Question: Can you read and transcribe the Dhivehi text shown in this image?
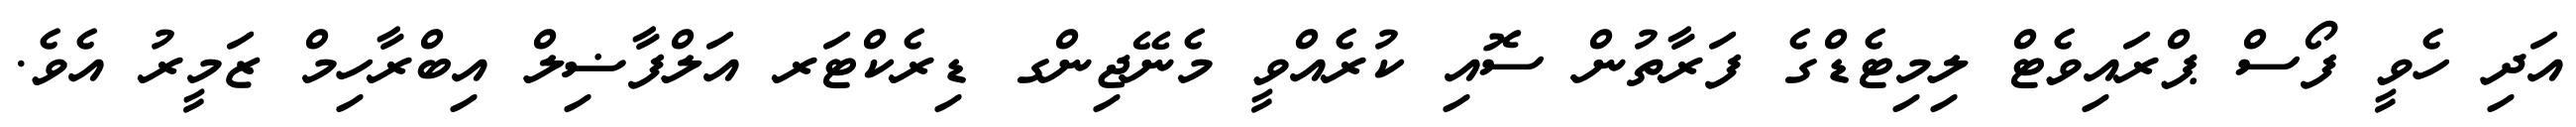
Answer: އަދި ހެވީ ފޯސް ޕްރައިވެޓް ލިމިޓެޑްގެ ފަރާތުން ސޮއި ކުރެއްވީ މެނޭޖިންގ ޑިރެކްޓަރ އަލްފާޟިލް އިބްރާހިމް ޒަމީރު އެވެ.